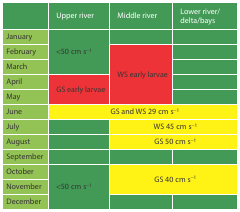
|  | Upper river | Middle river | Lower river/delta/bays |
 | --- | --- | --- | --- |
 | January | <ROWSPAN=3> <50 cm s−1 |  |  |
 | February | <ROWSPAN=4> WS early larvae |  |
 | March |  |
 | April | <ROWSPAN=2> GS early larvae |  |
 | May |  |
 | June | <COLSPAN=3> GS and WS 29 cm s−1 |
 | July |  | <COLSPAN=2> WS 45 cm s−1 |
 | August |  | <COLSPAN=2> GS 50 cm s−1 |
 | September |  |  |  |
 | October | <ROWSPAN=3> <50 cm s−1 | <ROWSPAN=2-COLSPAN=2> GS 40 cm s−1 |
 | November |
 | December |  |  |